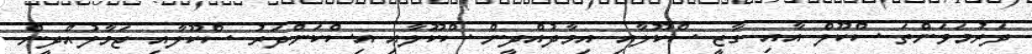
ދަރުމަވަންތަ ސްކޫލް އާއި ގާޒީ ސްކޫލާއި އިމާދުއްދީން ސްކޫލާއި އިސްކަންދަރު ސްކޫލާއި ޖަމާލުއްދީން